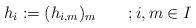
LaTeX: \begin{align*}h_{i} := (h_{i,m})_{m} \qquad;i,m\in I\end{align*}